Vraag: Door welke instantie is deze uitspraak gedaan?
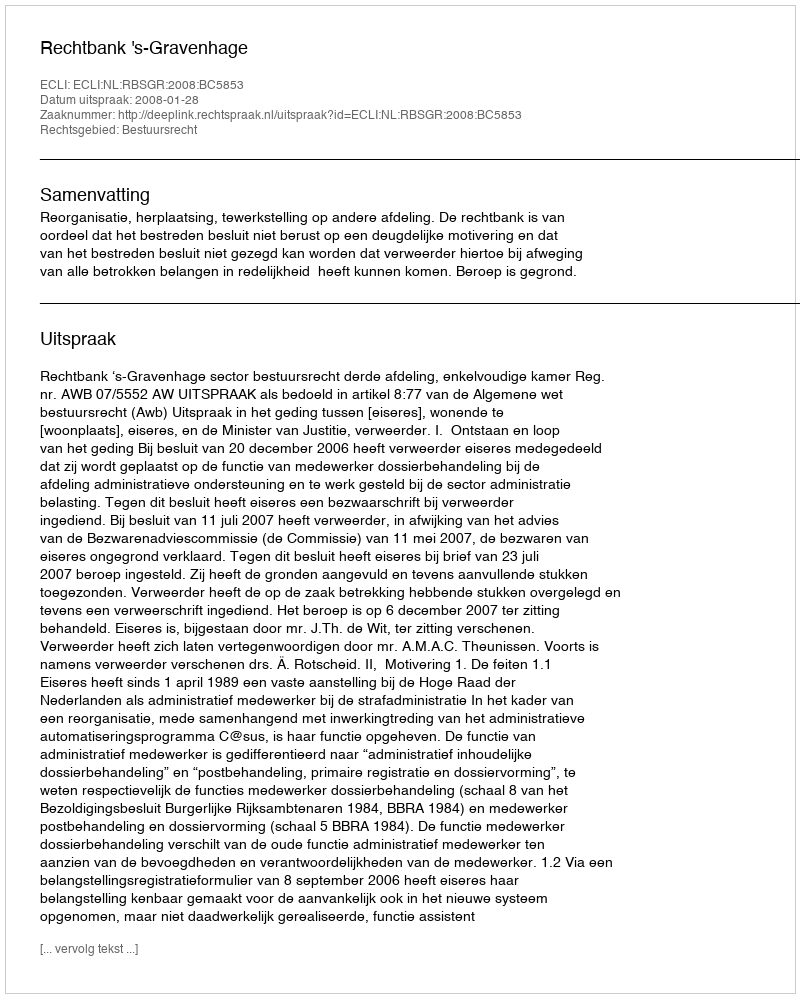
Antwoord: Rechtbank 's-Gravenhage